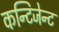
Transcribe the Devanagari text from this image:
कन्टिजेन्ट